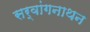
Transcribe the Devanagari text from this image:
सर्वांगनाथन